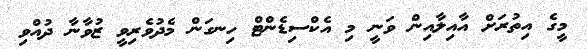
މީގެ އިތުރަށް އާއިލާއިން ވަނީ މި އެކްސިޑެންޓް ހިނގަން މެދުވެރިވީ ޒުވާނާ ދުއްވި